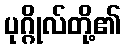
ပုဂ္ဂိုလ်တို့၏